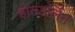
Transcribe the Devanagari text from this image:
होल्डर्लिन